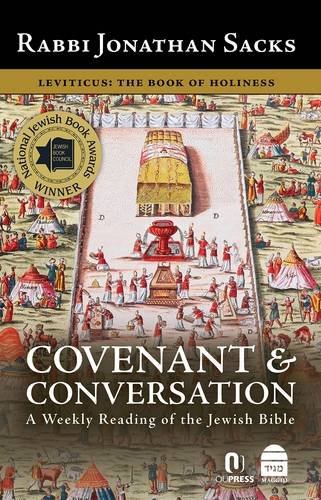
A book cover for Covenant & Conversation Leviticus: The Book of Holiness; Jonathan Sacks; Christian Books & Bibles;